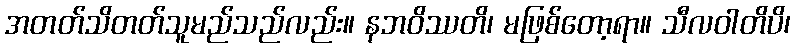
အတတ်သိတတ်သူမည်သည်လည်း။ နဘဝိဿတိ၊ မဖြစ်တော့ရာ။ သီလဝါတိပိ၊